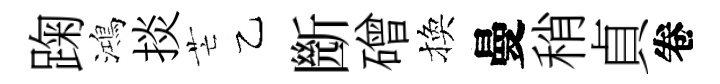
踘鴻掞芒乙㫁磳換曼稍貞卷